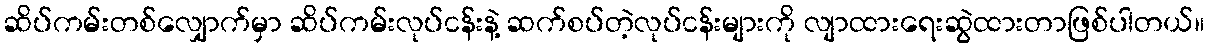
ဆိပ်ကမ်းတစ်လျှောက်မှာ ဆိပ်ကမ်းလုပ်ငန်းနဲ့ ဆက်စပ်တဲ့လုပ်ငန်းများကို လျာထားရေးဆွဲထားတာဖြစ်ပါတယ်။